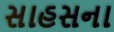
સાહસના